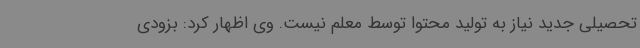
تحصیلی جدید نیاز به تولید محتوا توسط معلم نیست. وی اظهار کرد: بزودی